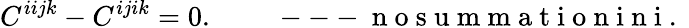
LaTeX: C^{iijk}-C^{ijik}=0.\qquad\mathrm{~---~n~o~s~u~m~m~a~t~i~o~n~i~n~i~.~}